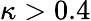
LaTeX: \kappa>0.4